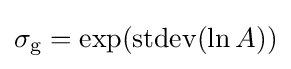
\sigma _{\mathrm {g} }=\exp(\operatorname {stdev} (\ln A))